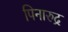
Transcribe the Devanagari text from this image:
पिनारुद्र